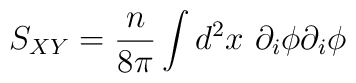
S_{XY} = \frac{n}{8\pi}\int d^2 x ~\partial_i\phi\partial_i\phi